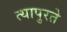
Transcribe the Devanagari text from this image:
त्यापुरते